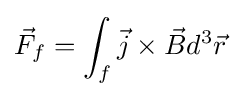
{\vec {F}}_{f}=\int _{f}{\vec {j}}\times {\vec {B}}d^{3}{\vec {r}}